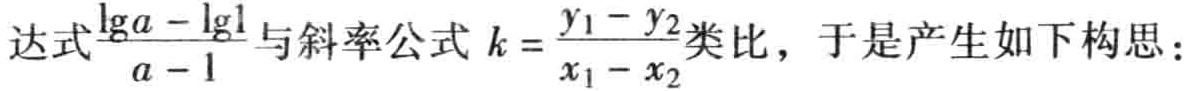
表达式$\frac{\lg a - \lg1}{a - 1}$与斜率公式$k = \frac{y_1 - y_2}{x_1 - x_2}$类比，于是产生如下构思：